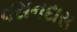
વસનદાસ